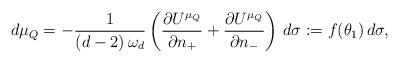
LaTeX: \begin{align*}d\mu_Q = -\frac{1}{(d-2)\, \omega_d}\left(\frac{\partial U^{\mu_Q}}{\partial n_+}+\frac{\partial U^{\mu_Q}}{\partial n_-}\right)\,d\sigma := f(\theta_1)\, d\sigma,\end{align*}